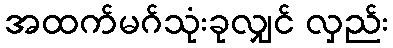
အထက်မဂ်သုံးခုလျှင် လှည်း